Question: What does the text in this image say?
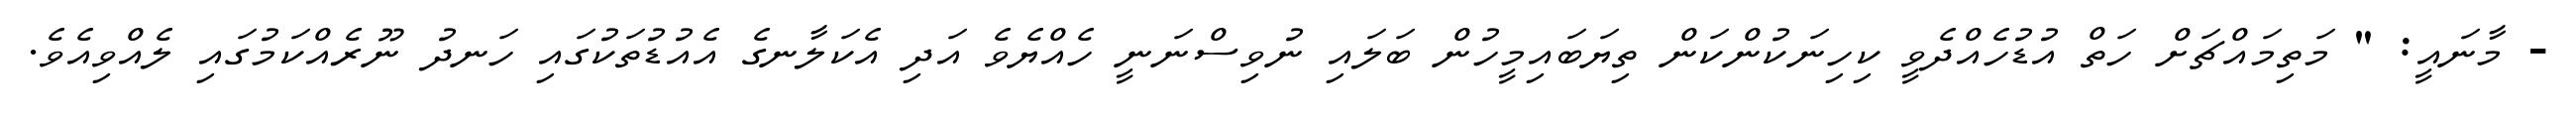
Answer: - މާނައީ: " މަތިމައްޗަށް ހަތް އުޑުހެއްދެވީ ކިހިނަކުންކަން ތިޔަބައިމީހުން ބަލައި ނުވިސްނަނީ ހެއްޔެވެ އަދި އެކަލާނގެ އެއުޑުތަކުގައި ހަނދު ނޫރެއްކަމުގައި ލެއްވިއެވެ.